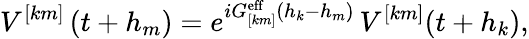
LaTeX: V^{[km]}\left(t+h_{m}\right)=e^{iG_{[km]}^{\mathrm{eff}}(h_{k}-h_{m})}\, V^{[km]}(t+h_{k}),